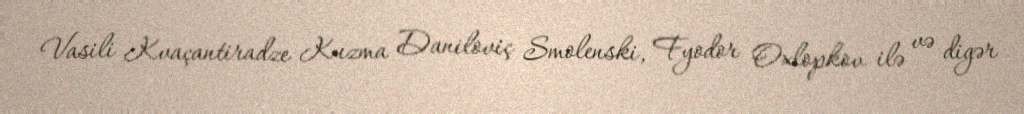
Vasili Kvaçantiradze Kuzma Daniloviç Smolenski, Fyodor Oxlopkov ilə və digər